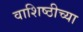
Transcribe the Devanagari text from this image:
वाशिष्ठीच्या